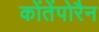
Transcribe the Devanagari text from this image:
कोंतेंपोरैन